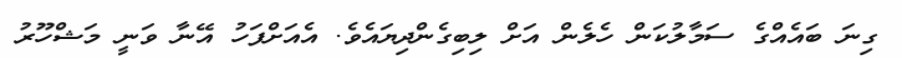
ގިނަ ބައެއްގެ ސަމާލުކަން ހެލެން އަށް ލިބިގެންދިޔައެވެ. އެއަށްފަހު އޭނާ ވަނީ މަޝްހޫރު